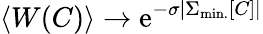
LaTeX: \left<W(C)\right>\to\mathrm{e}^{-\sigma\left|\Sigma_{\mathrm{min.}}[C]\right|}